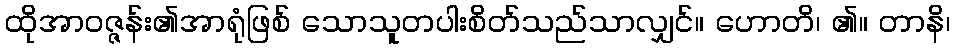
ထိုအာဝဇ္ဇန်း၏အာရုံဖြစ် သောသူတပါးစိတ်သည်သာလျှင်။ ဟောတိ၊ ၏။ တာနိ၊